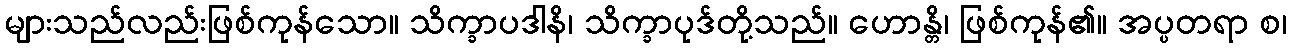
များသည်လည်းဖြစ်ကုန်သော။ သိက္ခာပဒါနိ၊ သိက္ခာပုဒ်တို့သည်။ ဟောန္တိ၊ ဖြစ်ကုန်၏။ အပ္ပတရာ စ၊